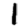
Digit: 1